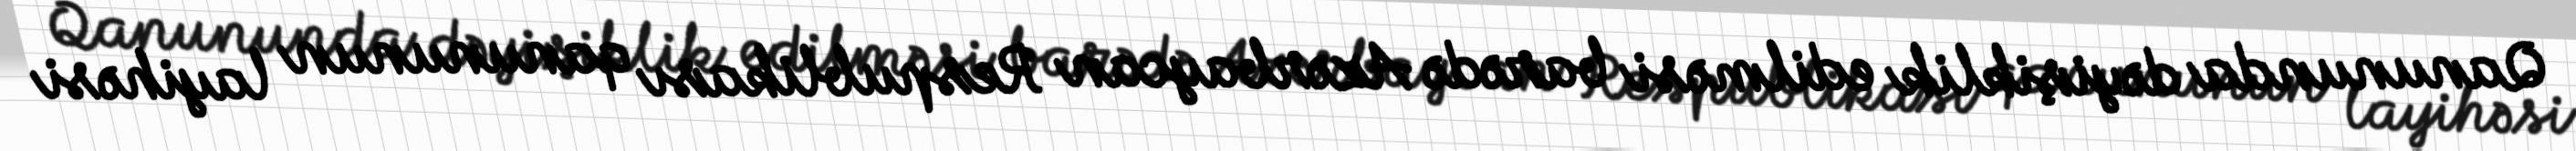
Qanununda dəyişiklik edilməsi barədə Azərbaycan Respublikası qanununun layihəsi